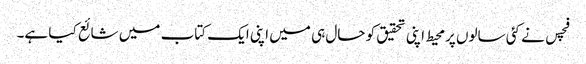
فچس نے کئی سالوں پرمحیط اپنی تحقیق کو حال ہی میں اپنی ایک کتاب میں شائع کیا ہے۔